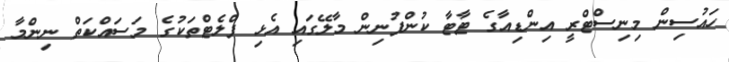
ހައުސިން މިނިސްޓްރީ އިންޑިއާގެ ޓާޓާ ކުންފުނިން މާލޭގައި އެޅި ފްލެޓްތަކުގެ މަސައްކަތް ނިންމާ